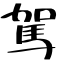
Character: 駕